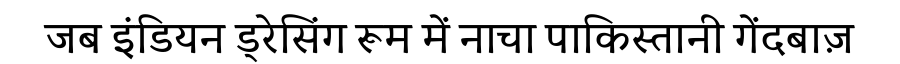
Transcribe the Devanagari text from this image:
जब इंडियन ड्रेसिंग रूम में नाचा पाकिस्तानी गेंदबाज़